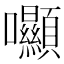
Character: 𡆘